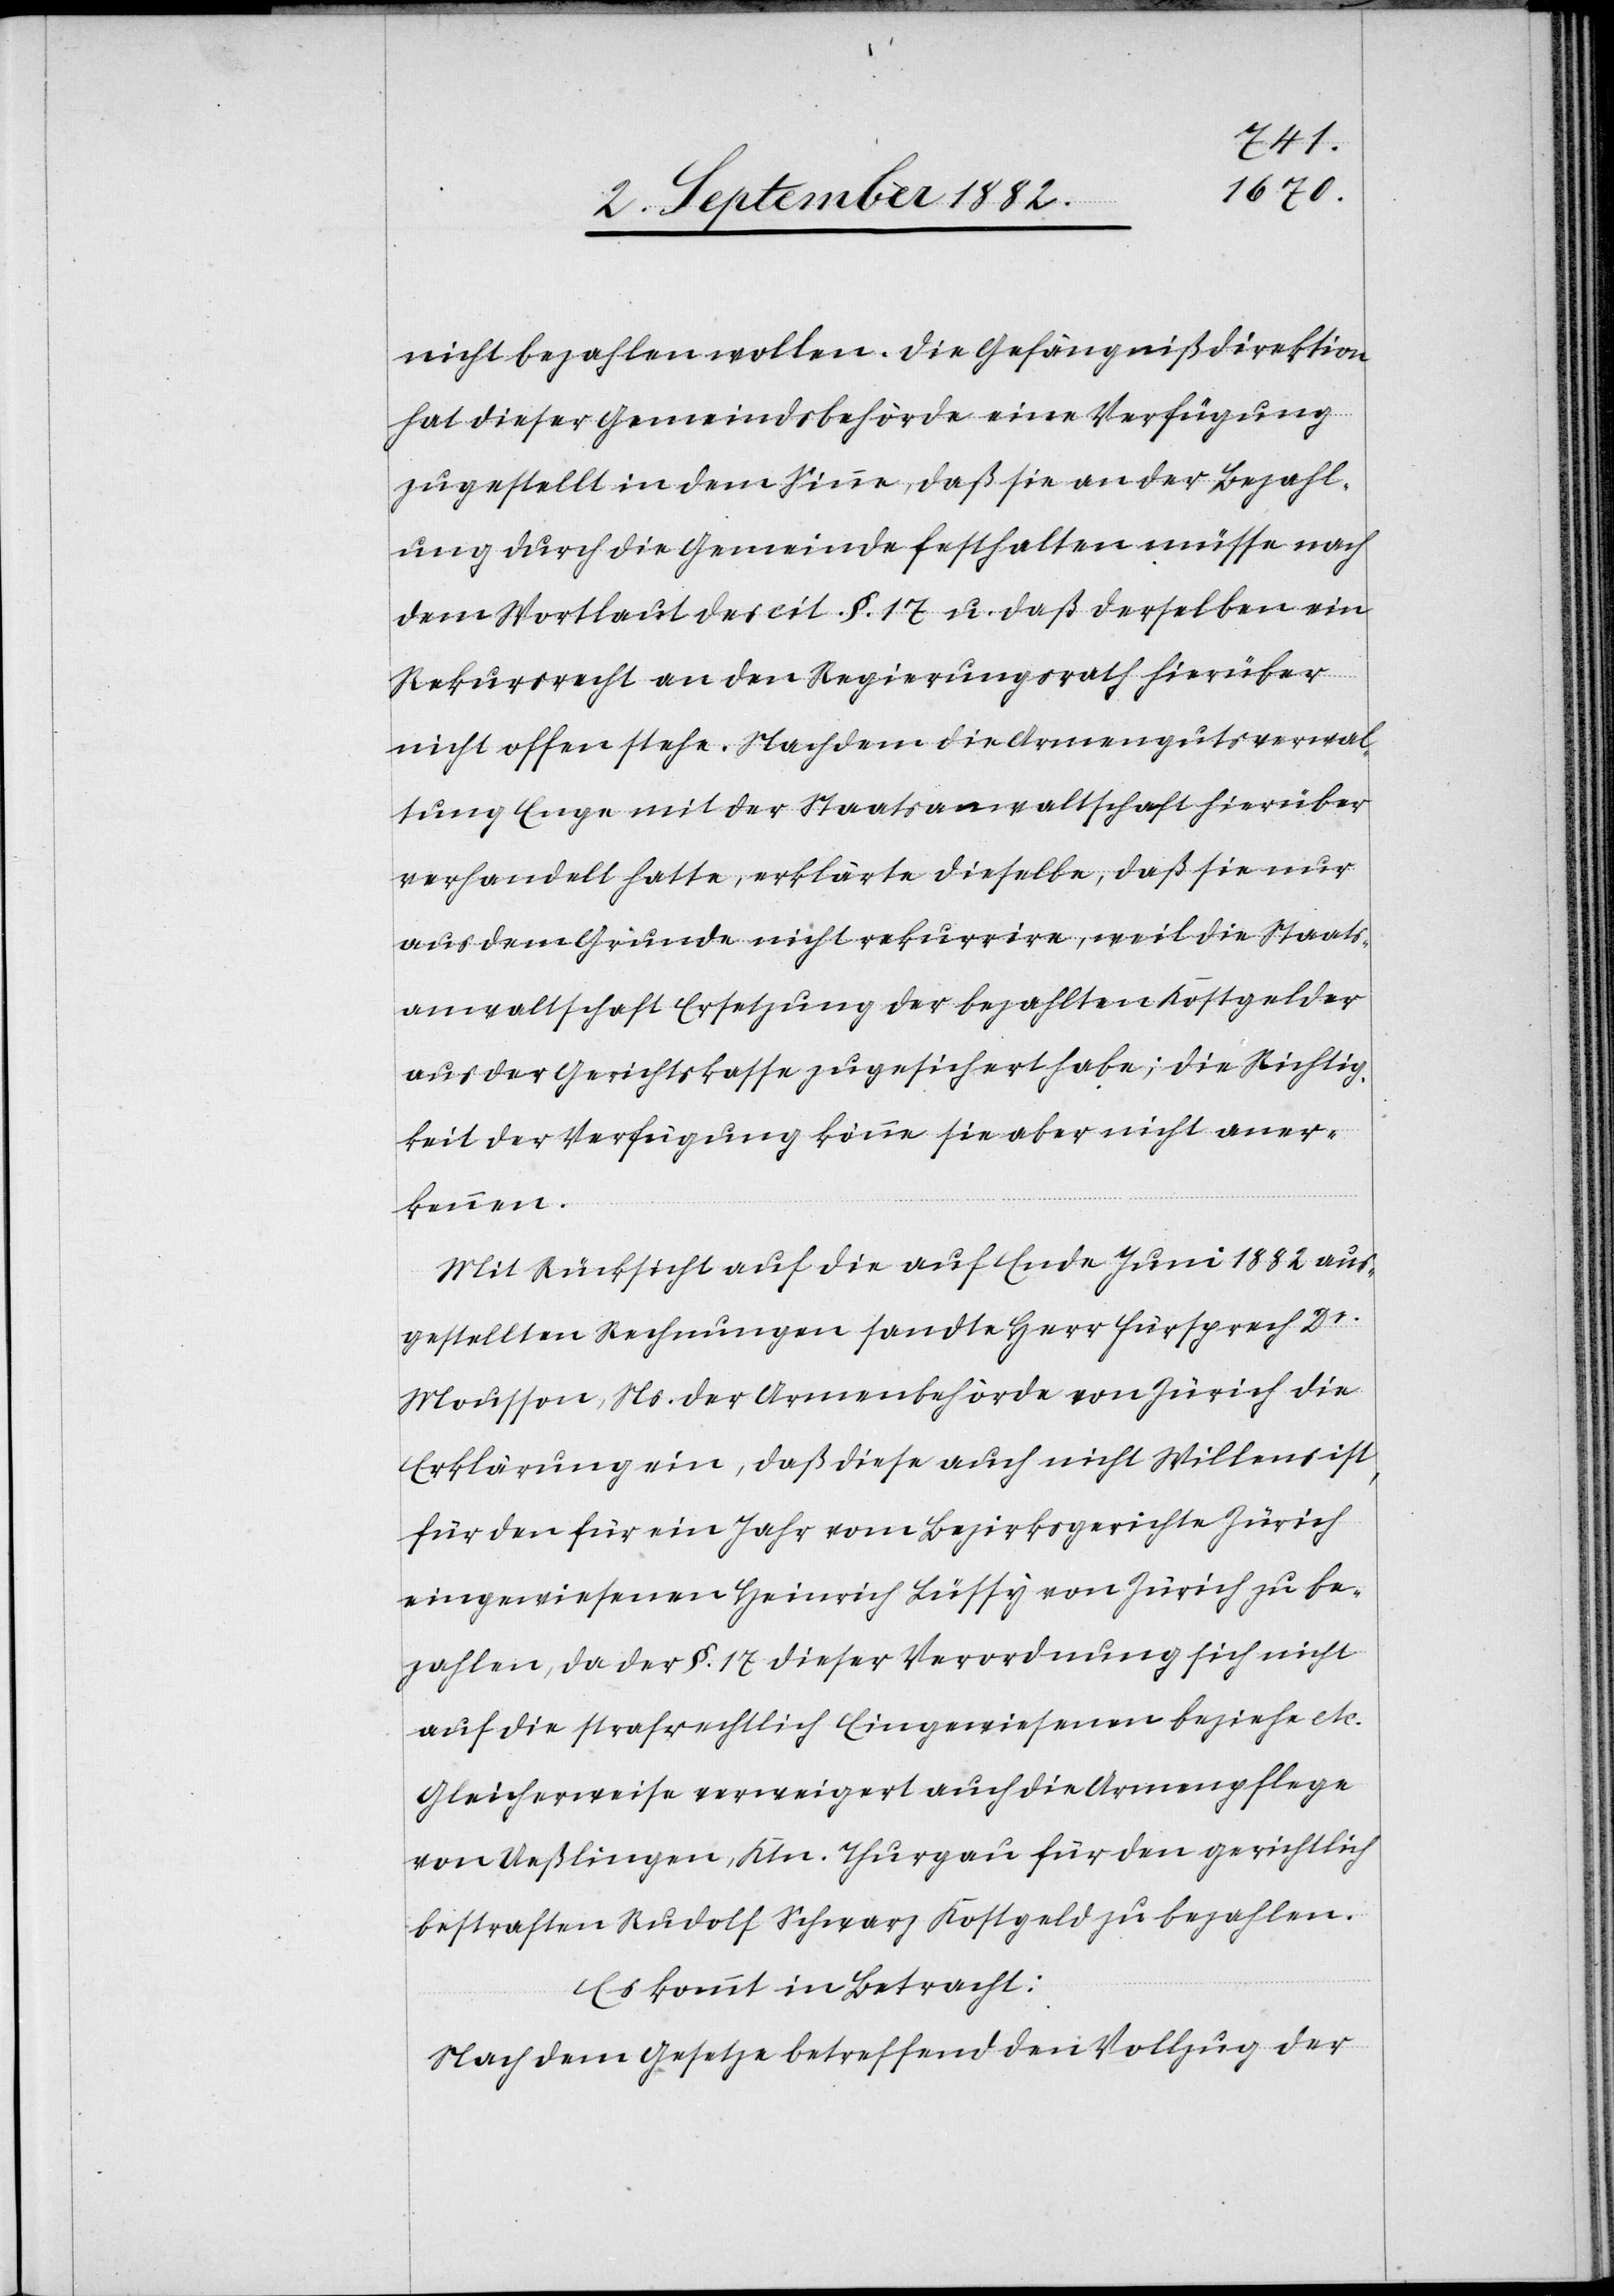
nicht bezahlen wollen. Die Gefängnißdirektion
hat dieser Gemeindebehörde eine Verfügung
zugestellt in dem Sinne, daß sie an der Bezahl¬
ung durch die Gemeinde festhalten müsse nach
dem Wortlaut des cit. §. 17 u. daß derselben ein
Rekursrecht an den Regierungsrath hierüber
nicht offen stehe. Nachdem die Armengutsverwal¬
tung Enge mit der Staatsanwaltschaft hierüber
verhandelt hatte, erklärte dieselbe, daß sie nur
aus dem Grunde nicht rekurrire, weil die Staats¬
anwaltschaft Ersetzung der bezahlten Kostgelder
aus der Gerichtskasse zugesichert habe; die Richtig¬
keit der Verfügung könne sie aber nicht aner¬
kennen.
Mit Rücksicht auf die auf Ende Juni 1882 aus¬
gestellten Rechnungen sandte Herr Fürsprech Dr
Mousson, Ns. der Armenbehörde von Zürich die
Erklärung ein, daß diese auch nicht Willens ist,
für den für ein Jahr vom Bezirksgerichte Zürich
eingewiesenen Heinrich Lüssy von Zürich zu be¬
zahlen, da der §. 17 dieser Verordnung sich nicht
auf die strafrechtlich Eingewiesenen beziehe etc.
Gleicherweise verweigert auch die Armenpflege
von Ueßlingen, Ktn. Thurgau für den gerichtlich
bestraften Rudolf Schwarz Kostgeld zu bezahlen.
Es kommt in Betracht:
Nach dem Gesetze betreffend den Vollzug der